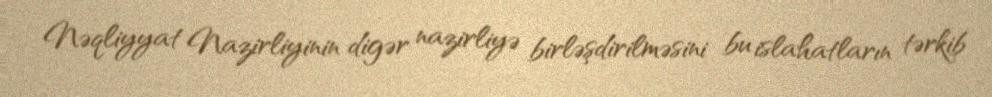
Nəqliyyat Nazirliyinin digər nazirliyə birləşdirilməsini bu islahatların tərkib